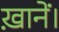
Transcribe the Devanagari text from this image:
ख़ानें।